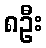
၈ဦး